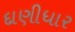
દાણીધાર